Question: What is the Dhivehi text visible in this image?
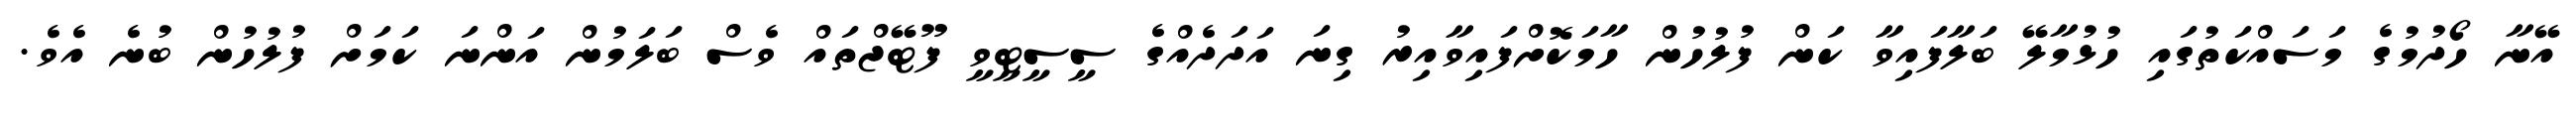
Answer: އޭނާ ހޯދުމުގެ މަސައްކަތުގައި ހުޅުމާލޭ ބަލާފައިވާ ކަން ފުލުހުން ހާމަކޮށްފައިވާއިރު ގިނަ އަދަދެއްގެ ސީސީޓީވީ ފޫޓޭޖްތައް ވެސް ބަލަމުން އަންނަ ކަމަށް ފުލުހުން ބުނެ އެވެ.